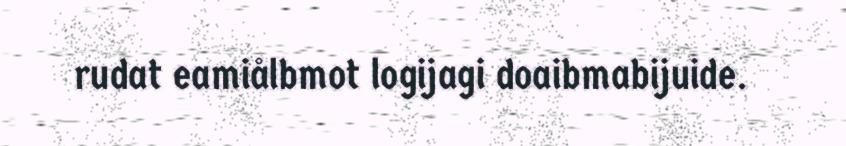
rudat eamiålbmot logijagi doaibmabijuide.